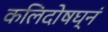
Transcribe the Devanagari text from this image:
कलिदोषघ्नं